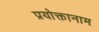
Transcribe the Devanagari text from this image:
प्रयोक्तानाम